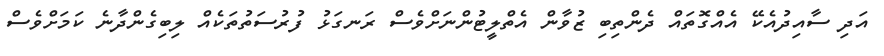
އަދި ސާއިދުއެކޭ އެއްގޮތައް ދެންތިބި ޒުވާން އެތްލީޓުންނަށްވެސް ރަނގަޅު ފުރުސަތުތަކެއް ލިބިގެންދާނެ ކަމަށްވެސް